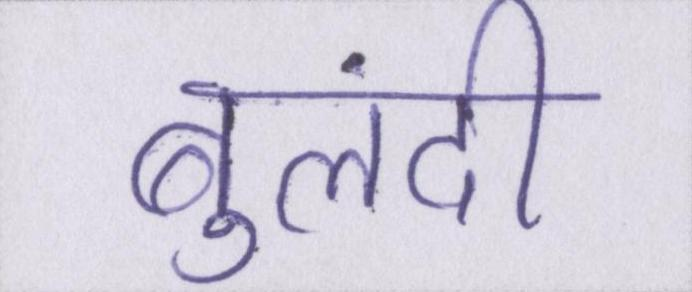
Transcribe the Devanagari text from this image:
बुलंदी